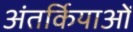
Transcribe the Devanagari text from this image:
अंतर्कियाओं